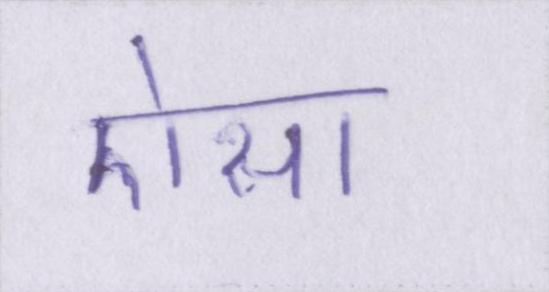
ऐसा